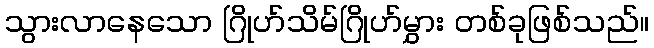
သွားလာနေသော ဂြိုဟ်သိမ်ဂြိုဟ်မွှား တစ်ခုဖြစ်သည်။